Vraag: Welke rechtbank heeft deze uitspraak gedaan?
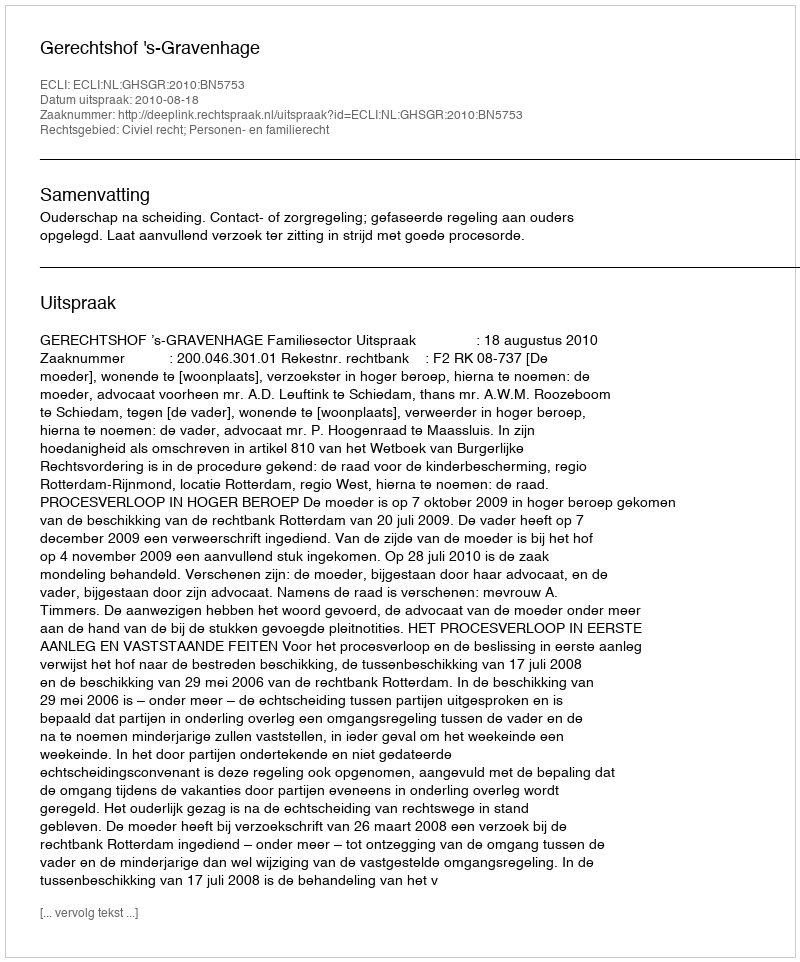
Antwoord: Gerechtshof 's-Gravenhage